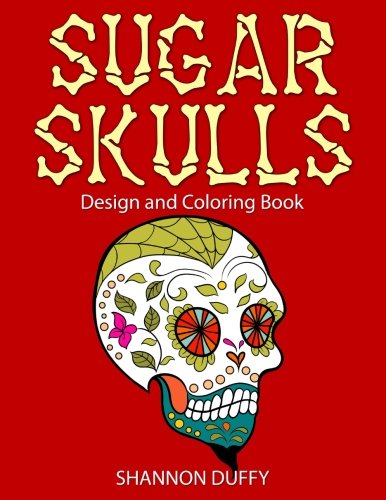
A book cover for Sugar Skulls Design & Coloring Book; Shannon Duffy; Humor & Entertainment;